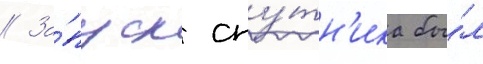
// За́пуск спу́тн'ика бы́л